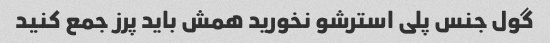
گول جنس پلی استرشو نخورید همش باید پرز جمع کنید